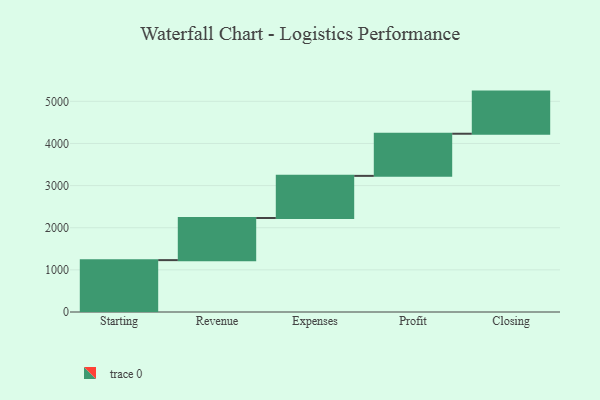
{"axis": {"x": "Step", "y": "Value"}, "legend": [""], "data": [{"x": "Starting", "y": 1231.0, "type": ""}, {"x": "Revenue", "y": 1000, "type": ""}, {"x": "Expenses", "y": 1000, "type": ""}, {"x": "Profit", "y": 1000, "type": ""}, {"x": "Closing", "y": 1000, "type": ""}]}